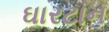
ઘારટાન